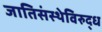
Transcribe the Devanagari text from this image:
जातिसंस्थेविरुद्ध